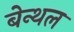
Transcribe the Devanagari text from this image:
बेन्थल